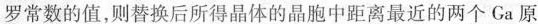
罗常数的值，则替换后所得晶体的晶胞中距离最近的两个Ga原